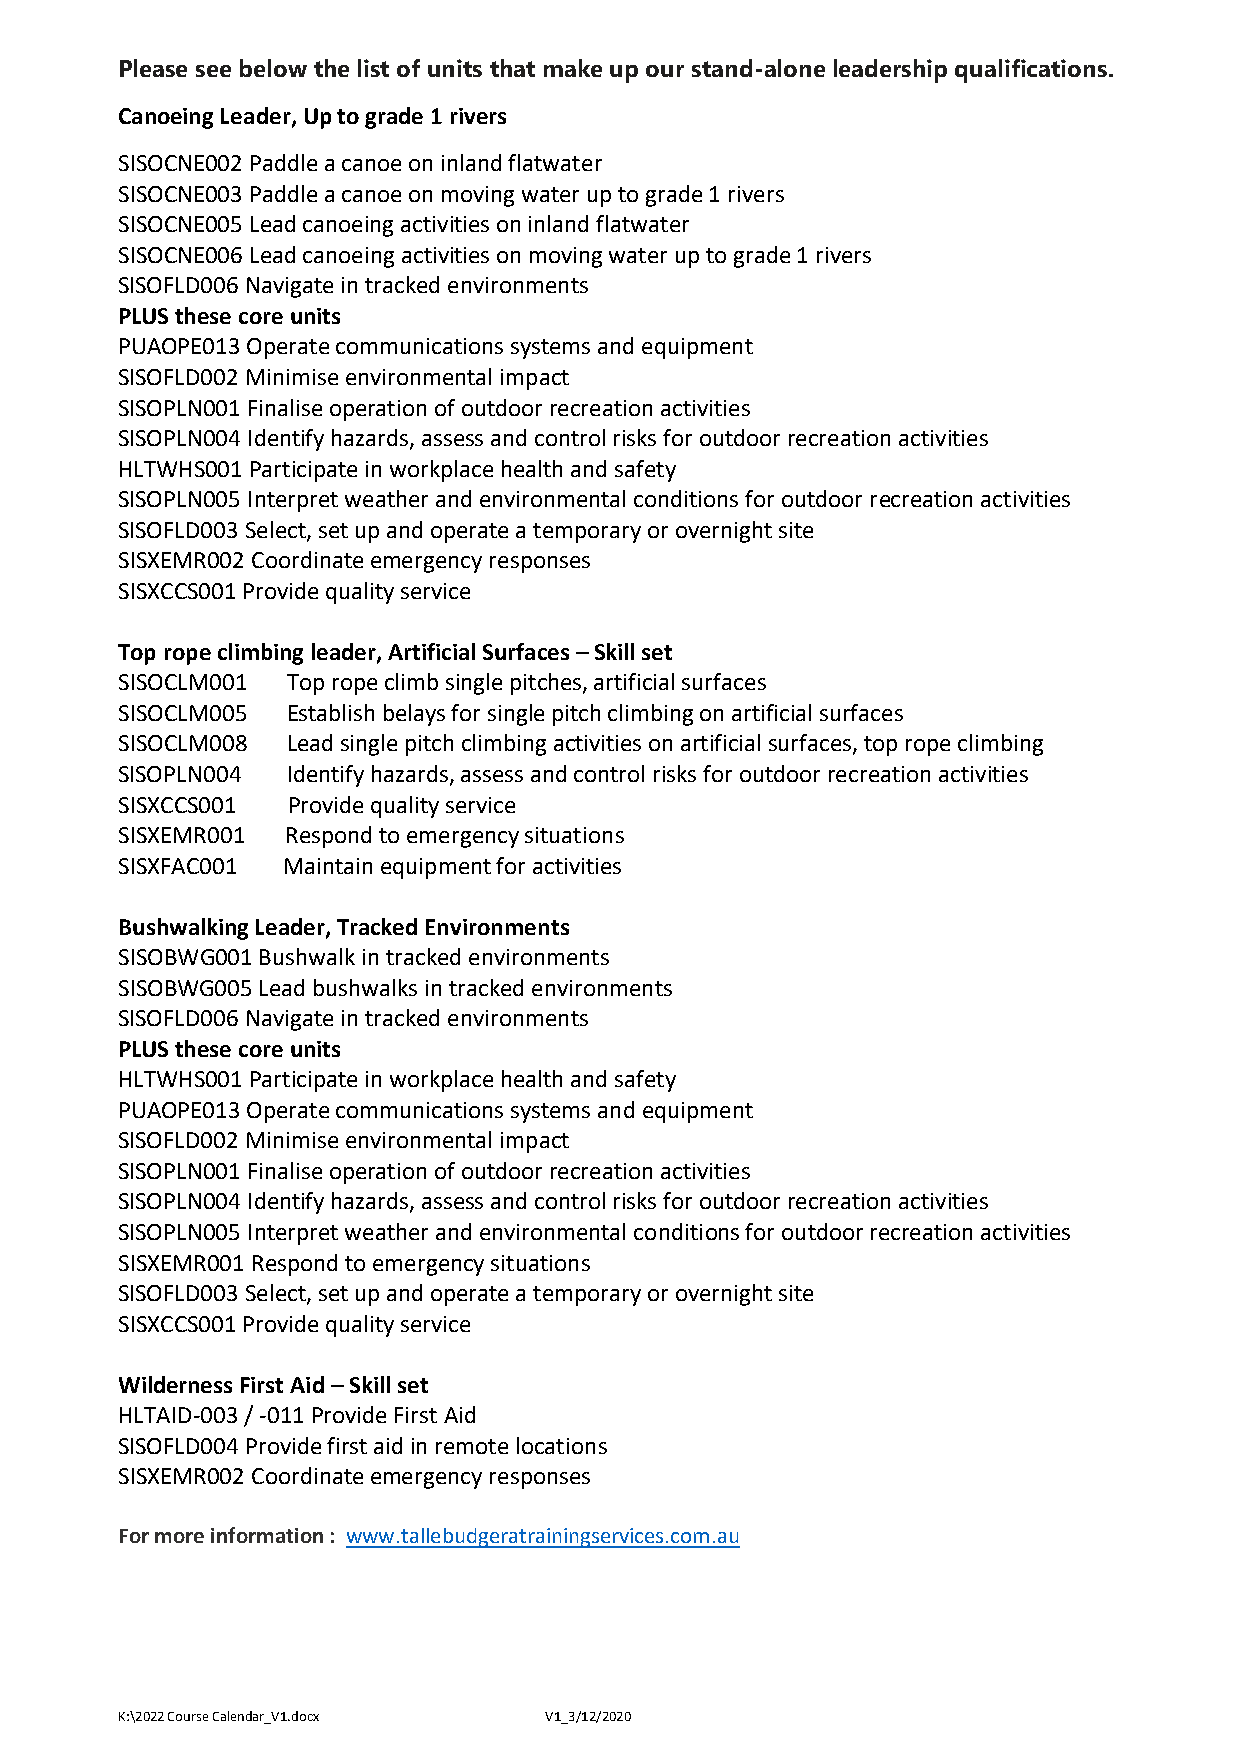
Please see below the list of units that make up our stand-alone leadership qualifications.
 Canoeing Leader, Up to grade 1 rivers
 SISOCNE002 Paddle a canoe on inland flatwater
 SISOCNE003 Paddle a canoe on moving water up to grade 1 rivers
 SISOCNE005 Lead canoeing activities on inland flatwater
 SISOCNE006 Lead canoeing activities on moving water up to grade 1 rivers
 SISOFLD006 Navigate in tracked environments
 PLUS these core units
 PUAOPE013 Operate communications systems and equipment
 SISOFLD002 Minimise environmental impact
 SISOPLN001 Finalise operation of outdoor recreation activities
 SISOPLN004 Identify hazards, assess and control risks for outdoor recreation activities
 HLTWHS001 Participate in workplace health and safety
 SISOPLN005 Interpret weather and environmental conditions for outdoor recreation activities
 SISOFLD003 Select, set up and operate a temporary or overnight site
 SISXEMR002 Coordinate emergency responses
 SISXCCS001 Provide quality service
 Top rope climbing leader, Artificial Surfaces – Skill set
 SISOCLM001 Top rope climb single pitches, artificial surfaces
 SISOCLM005 Establish belays for single pitch climbing on artificial surfaces
 SISOCLM008 Lead single pitch climbing activities on artificial surfaces, top rope climbing
 SISOPLN004 Identify hazards, assess and control risks for outdoor recreation activities
 SISXCCS001 Provide quality service
 SISXEMR001 Respond to emergency situations
 SISXFAC001 Maintain equipment for activities
 Bushwalking Leader, Tracked Environments
 SISOBWG001 Bushwalk in tracked environments
 SISOBWG005 Lead bushwalks in tracked environments
 SISOFLD006 Navigate in tracked environments
 PLUS these core units
 HLTWHS001 Participate in workplace health and safety
 PUAOPE013 Operate communications systems and equipment
 SISOFLD002 Minimise environmental impact
 SISOPLN001 Finalise operation of outdoor recreation activities
 SISOPLN004 Identify hazards, assess and control risks for outdoor recreation activities
 SISOPLN005 Interpret weather and environmental conditions for outdoor recreation activities
 SISXEMR001 Respond to emergency situations
 SISOFLD003 Select, set up and operate a temporary or overnight site
 SISXCCS001 Provide quality service
 Wilderness First Aid – Skill set
 HLTAID-003 / -011 Provide First Aid
 SISOFLD004 Provide first aid in remote locations
 SISXEMR002 Coordinate emergency responses
 For more information : www.tallebudgeratrainingservices.com.au
 K:\2022 Course Calendar_V1.docx V1_3/12/2020